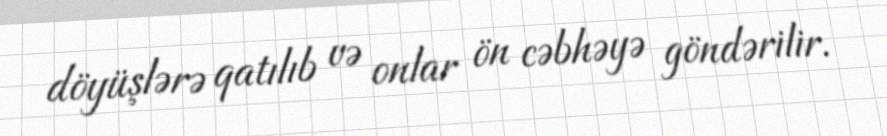
döyüşlərə qatılıb və onlar ön cəbhəyə göndərilir.